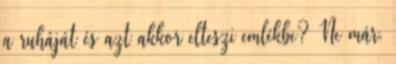
a ruháját és azt akkor elteszi emlékbe? Ne már.